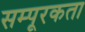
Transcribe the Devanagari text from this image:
सम्पूरकता